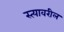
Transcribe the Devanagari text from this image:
स्त्यावरील